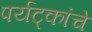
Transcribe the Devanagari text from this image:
पर्यट्कांचे